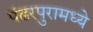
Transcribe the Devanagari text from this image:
पंढरपुरामध्ये